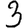
Digit: 3